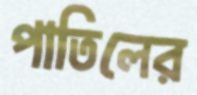
পাতিলের